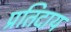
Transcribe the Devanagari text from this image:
प्रतिदाय